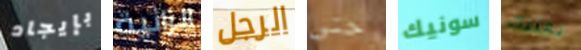
بإيجاد الزانية الرجل حتى سونيك يعنيك